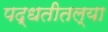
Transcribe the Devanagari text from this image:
पद्धतीतल्या